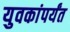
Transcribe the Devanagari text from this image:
युवकांपर्यंत